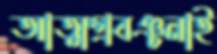
আত্মপ্রবঞ্চনাই